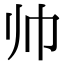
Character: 帅